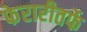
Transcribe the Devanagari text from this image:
फेरारीतर्फे